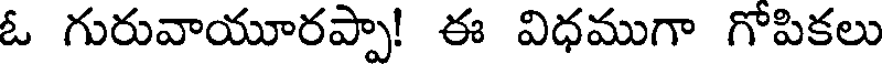
ఓ గురువాయూరప్పా! ఈ విధముగా గోపికలు